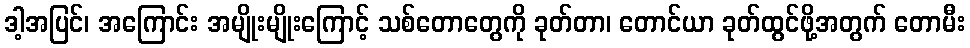
ဒါ့အပြင်၊ အကြောင်း အမျိုးမျိုးကြောင့် သစ်တောတွေကို ခုတ်တာ၊ တောင်ယာ ခုတ်ထွင်ဖို့အတွက် တောမီး